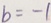
b = - 1